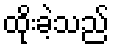
ထိုးခဲ့သည်